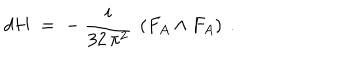
d H \; = \; - ~ \frac { i } { 3 2 \, \pi ^ { 2 } } ~ \left( F _ { A } \wedge F _ { A } \right) ~ .